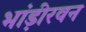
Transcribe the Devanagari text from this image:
भांड़ीरवन